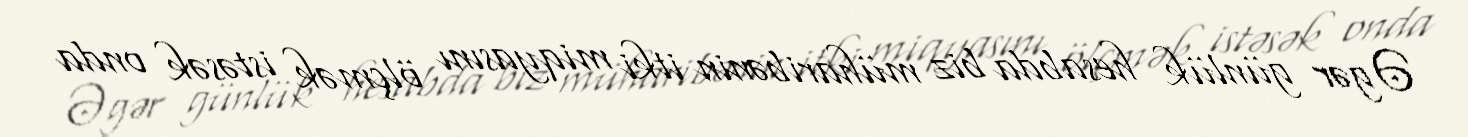
Əgər günlük hesabda biz müharibənin itki miqyasını ölçmək istəsək onda